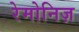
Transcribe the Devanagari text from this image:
रेमोनिज़